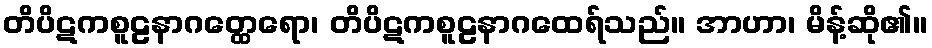
တိပိဋကစူဠနာဂတ္ထေရော၊ တိပိဋကစူဠနာဂထေရ်သည်။ အာဟာ၊ မိန့်ဆို၏။